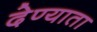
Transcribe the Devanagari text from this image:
देण्याता